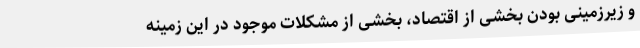
و زیرزمینی بودن بخشی از اقتصاد، بخشی از مشکلات موجود در این زمینه